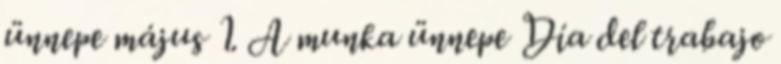
ünnepe május 1. A munka ünnepe Día del trabajo